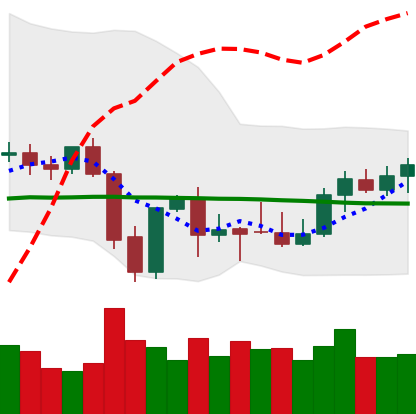
Ticker: XMR-USD
Chart end date: 2021-10-04
Forward return: 5.379%
Label: up_5_7